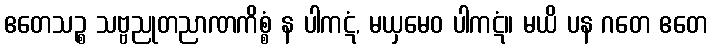
ဧတေသဉ္စ သဗ္ဗညုတညာဏကိစ္စံ န ပါကဋံ, မယှမေဝ ပါကဋံ။ မယိ ပန ဂတေ ဧတေ